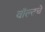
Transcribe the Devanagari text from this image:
वॉल्टचे